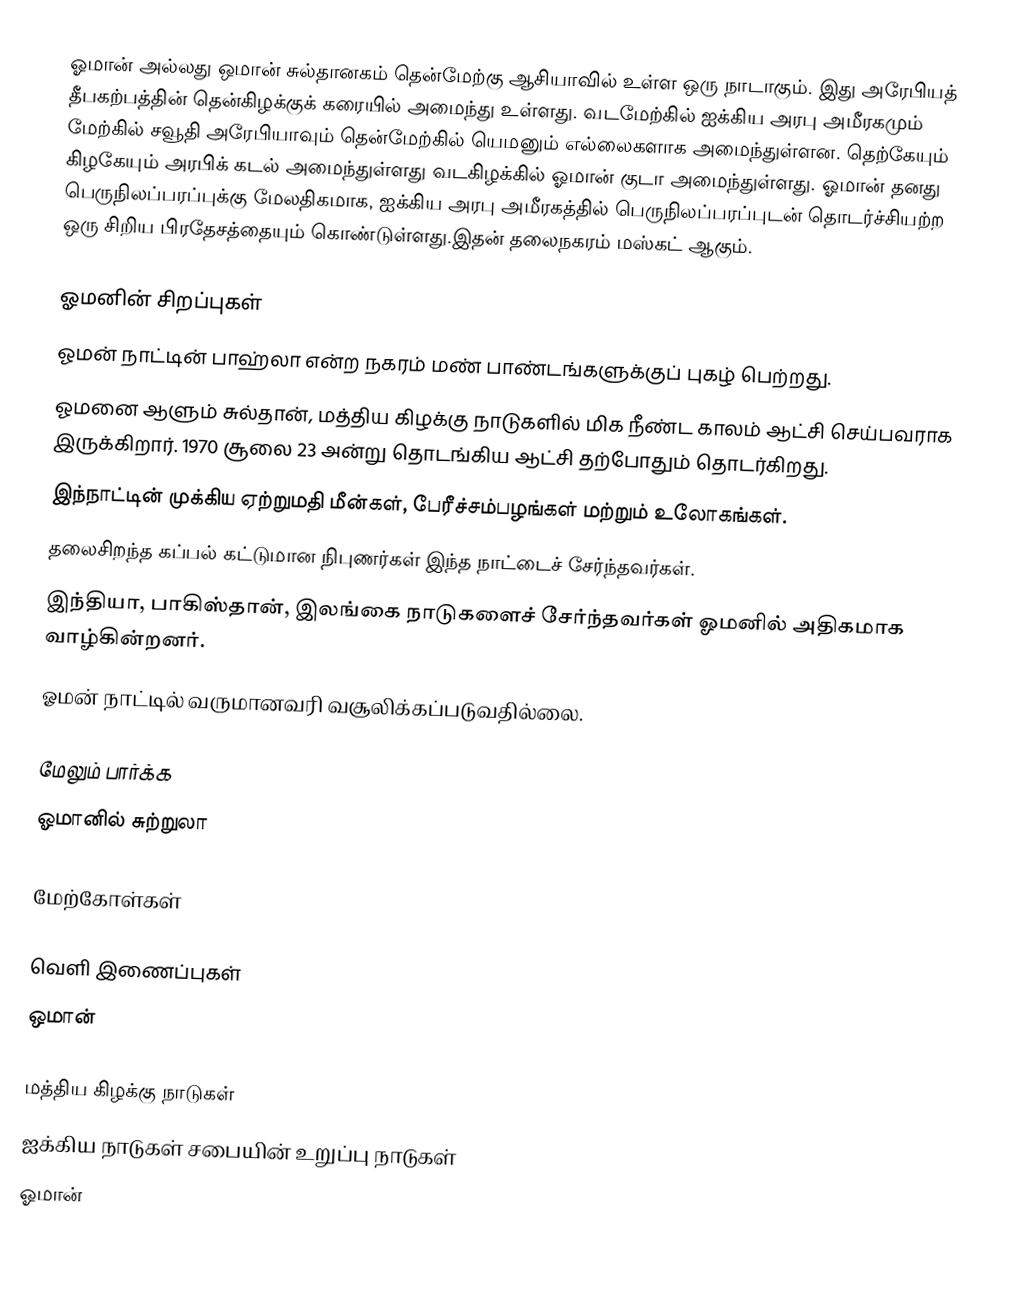
ஓமான் அல்லது ஒமான் சுல்தானகம் தென்மேற்கு ஆசியாவில் உள்ள ஒரு நாடாகும். இது அரேபியத் தீபகற்பத்தின் தென்கிழக்குக் கரையில் அமைந்து உள்ளது. வடமேற்கில் ஐக்கிய அரபு அமீரகமும் மேற்கில் சவூதி அரேபியாவும் தென்மேற்கில் யெமனும் எல்லைகளாக அமைந்துள்ளன. தெற்கேயும் கிழகேயும் அரபிக் கடல் அமைந்துள்ளது வடகிழக்கில் ஓமான் குடா அமைந்துள்ளது. ஓமான் தனது பெருநிலப்பரப்புக்கு மேலதிகமாக, ஐக்கிய அரபு அமீரகத்தில் பெருநிலப்பரப்புடன் தொடர்ச்சியற்ற ஒரு சிறிய பிரதேசத்தையும் கொண்டுள்ளது.இதன் தலைநகரம் மஸ்கட் ஆகும்.

ஓமனின் சிறப்புகள்
 ஓமன் நாட்டின் பாஹ்லா என்ற நகரம் மண் பாண்டங்களுக்குப் புகழ் பெற்றது.
 ஓமனை ஆளும் சுல்தான், மத்திய கிழக்கு நாடுகளில் மிக நீண்ட காலம் ஆட்சி செய்பவராக இருக்கிறார். 1970 சூலை 23 அன்று தொடங்கிய ஆட்சி தற்போதும் தொடர்கிறது.
 இந்நாட்டின் முக்கிய ஏற்றுமதி மீன்கள், பேரீச்சம்பழங்கள் மற்றும் உலோகங்கள்.
  தலைசிறந்த கப்பல் கட்டுமான நிபுணர்கள் இந்த நாட்டைச் சேர்ந்தவர்கள்.
 இந்தியா, பாகிஸ்தான், இலங்கை நாடுகளைச் சேர்ந்தவர்கள் ஓமனில் அதிகமாக வாழ்கின்றனர்.
 ஓமன் நாட்டில் வருமானவரி வசூலிக்கப்படுவதில்லை.

மேலும் பார்க்க
ஓமானில் சுற்றுலா

மேற்கோள்கள்

வெளி இணைப்புகள்
 ஒமான்

மத்திய கிழக்கு நாடுகள்
ஐக்கிய நாடுகள் சபையின் உறுப்பு நாடுகள்
ஓமான்